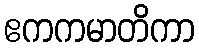
ဧကကမာတိကာ